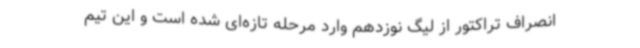
انصراف تراکتور از لیگ نوزدهم وارد مرحله تازه‌ای شده است و این تیم